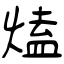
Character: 熆